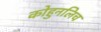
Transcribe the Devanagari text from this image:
कोहुनलिच